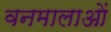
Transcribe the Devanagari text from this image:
वनमालाओं